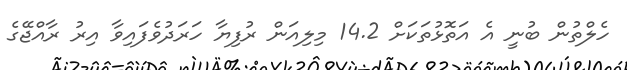
ހެލްތުން ބުނީ އެ އަތޮޅުތަކަށް 14.2 މިލިއަން ރުފިޔާ ހަރަދުވެފައިވާ އިރު ރާއްޖޭގެ